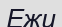
Ежи